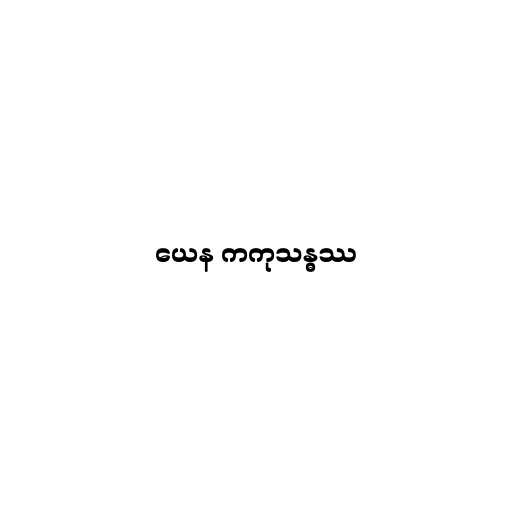
ယေန ကကုသန္ဓဿ